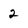
Character: 2